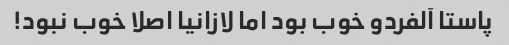
پاستا آلفردو خوب بود اما لازانیا اصلا خوب نبود!